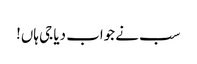
سب نے جواب دیا جی ہاں!